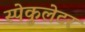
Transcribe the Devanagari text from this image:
स्पेकुलेटर